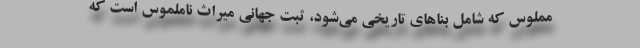
مملوس که شامل بناهای تاریخی می‌شود، ثبت جهانی میراث ناملموس است که